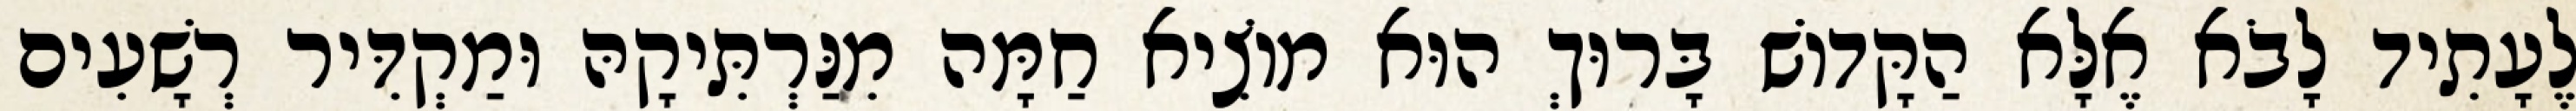
לֶעָתִיד לָבֹא אֶלָּא הַקָּדוֹשׁ בָּרוּךְ הוּא מוֹצִיא חַמָּה מִנַּרְתִּיקָהּ וּמַקְדִּיר רְשָׁעִים